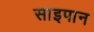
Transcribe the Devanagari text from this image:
साइपान